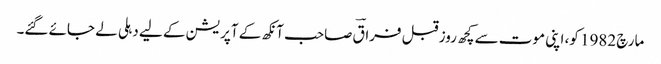
مارچ 1982 کو، اپنی موت سے کچھ روز قبل فراقؔ صاحب آنکھ کے آپریشن کے لیے دہلی لے جائے گئے۔